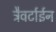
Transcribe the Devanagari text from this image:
ट्रैवर्टाईन